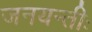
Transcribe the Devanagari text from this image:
जनयन्तीः